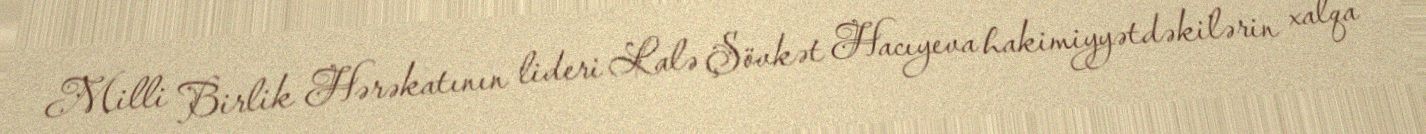
Milli Birlik Hərəkatının lideri Lalə Şövkət Hacıyeva hakimiyyətdəkilərin xalqa